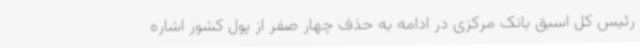
رئیس کل اسبق بانک مرکزی در ادامه به حذف چهار صفر از پول کشور اشاره